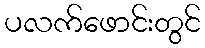
ပလက်ဖောင်းတွင်